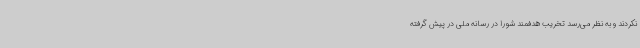
نکردند و به نظر می‌رسد تخریب هدفمند شورا در رسانه ملی در پیش گرفته